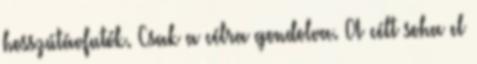
hosszútávfutók. Csak a célra gondolva. A célt soha el